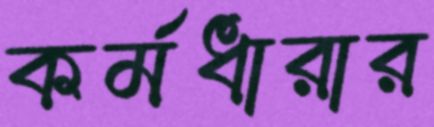
কর্মধারার